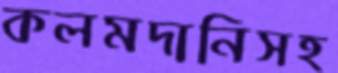
কলমদানিসহ